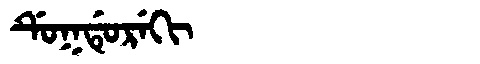
Manchu: ᡩᡠᡴᡩᡠᡵᡝᡴᡳ
Romanization: DUKDUREKI